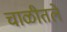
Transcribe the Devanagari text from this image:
चाळीतले